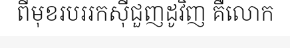
ពីមុខរបររកស៊ីជួញដូវិញ គឺលោក